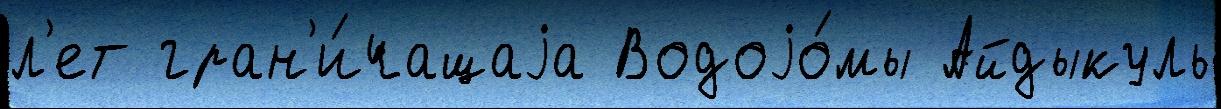
л'ет гран'и́чащаjа Водоjо́мы Айдыкуль